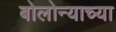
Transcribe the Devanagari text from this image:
बोलोन्याच्या